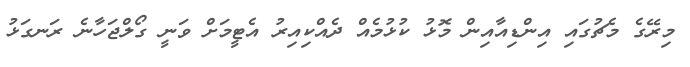
މިރޭގެ މެޗުގައި އިންޑިއާއިން މޮޅު ކުޅުމެއް ދެއްކިއިރު އެޓީމަށް ވަނީ ގޯލްޖަހާނެ ރަނގަޅު